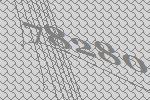
78280